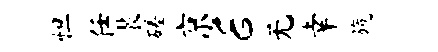
怛任裴磋京E无幸旒